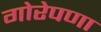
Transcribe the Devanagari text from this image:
गोरेपणा